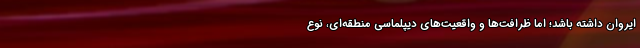
ایروان داشته باشد؛ اما ظرافت‌ها و واقعیت‌های دیپلماسی منطقه‌ای، نوع